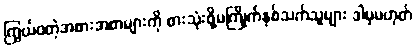
ကြွယ်ဝတဲ့အစားအစာများကို စားသုံးဖို့မကြိုက်နှစ်သက်သူများ ဒါမှမဟုတ်